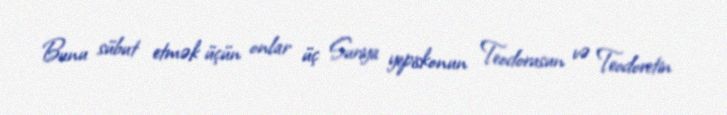
Bunu sübut etmək üçün onlar üç Suriya yepiskonun Teodorusun və Teodoretin